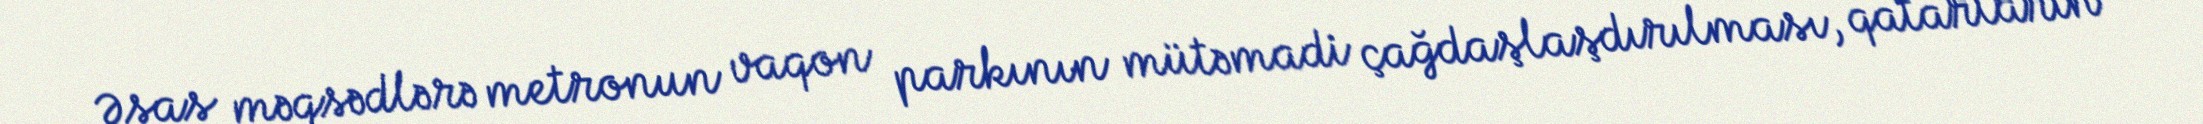
Əsas məqsədlərə metronun vaqon parkının mütəmadi çağdaşlaşdırılması, qatarların